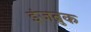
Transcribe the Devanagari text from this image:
इंजब्रुक